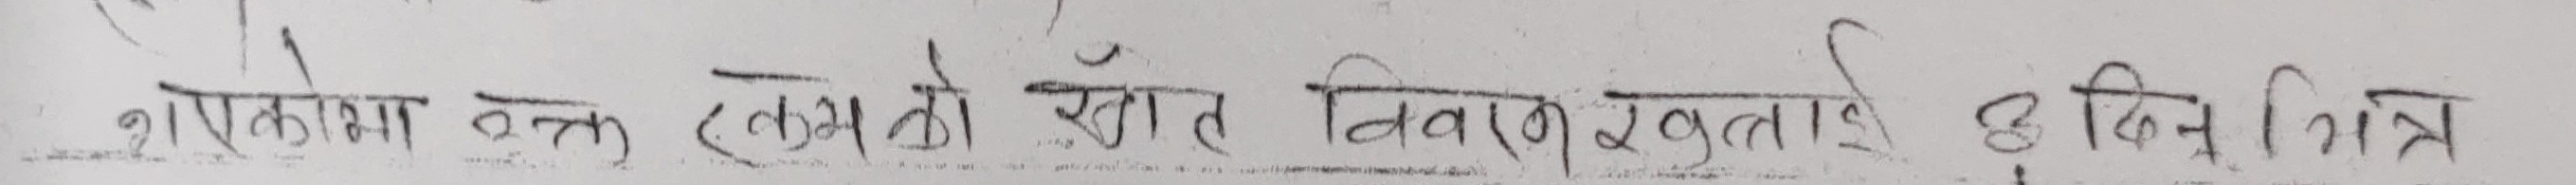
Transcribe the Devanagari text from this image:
शकोमा वक्त लेखकको स्रोत विवरण खुलाउनु दुई दिन भित्र